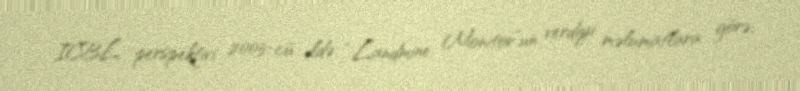
ICBL perspektivi 2003-cü ildə “Landmine Monitor”un verdiyi məlumatlara görə,